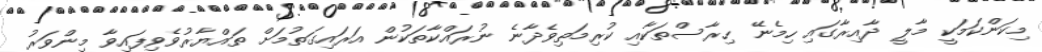
މިކަންކަމަކީ މާލީ ދާއިރާގައި ހިމެނޭ ހިރާސްތަކާއި ކުރިމަތިވެދާނެ ނުރައްކާތަކުން އަރައިގަތުމަށް ތައްޔާރުވެވިފައިވާ މިންވަރު